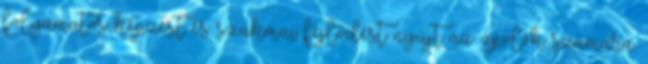
folyamatos képzést és szakmai fejlődést nyújt az ápolók számára.